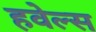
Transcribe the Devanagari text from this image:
हवेल्स